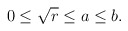
\begin{align*}0\leq \sqrt{r} \leq a\leq b.\end{align*}